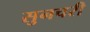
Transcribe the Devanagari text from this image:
सुनचरी